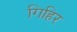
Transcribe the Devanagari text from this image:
गिहिर